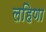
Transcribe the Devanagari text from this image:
लहिणा